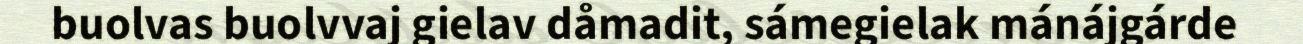
buolvas buolvvaj gielav dåmadit, sámegielak mánájgárde